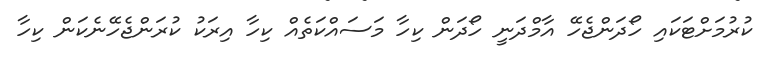
ކުރުމަށްޓަކައި ހޯދަންޖެހޭ އާމްދަނީ ހޯދަން ކިހާ މަސައްކަތެއް ކިހާ އިރަކު ކުރަންޖެހޭނެކަން ކިހާ